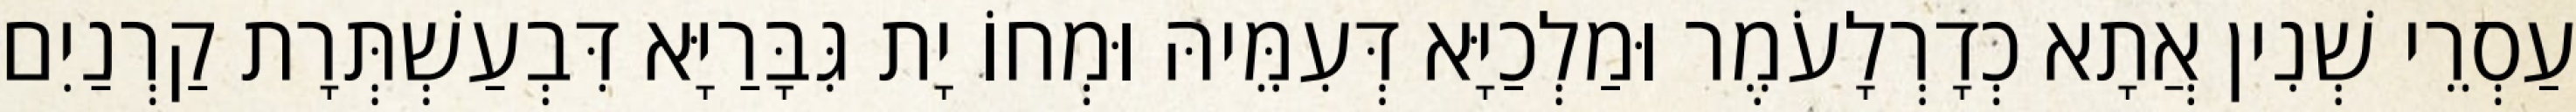
עַסְרֵי שְׁנִין אֲתָא כְדָרְלָעֹמֶר וּמַלְכַיָּא דְּעִמֵּיהּ וּמְחוֹ יָת גִּבָּרַיָּא דִּבְעַשְׁתְּרָת קַרְנַיִם